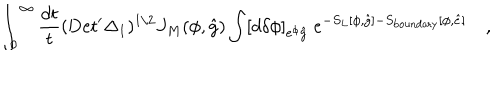
\int _ { 0 } ^ { \infty } { \frac { d t } { t } } ( \mathrm { D e t } ^ { \prime } \Delta _ { 1 } ) ^ { 1 / 2 } J _ { M } ( \phi , { \hat { g } } ) \int [ d \delta \phi ] _ { e ^ { \phi } { \hat { g } } } ~ e ^ { - S _ { L } [ \phi , { \hat { g } } ] - S _ { \mathrm { b o u n d a r y } } [ \phi , { \hat { e } } ] } \quad ,